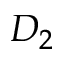
D _ { 2 }